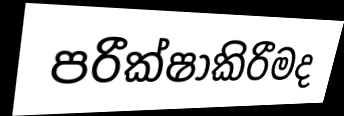
පරීක්ෂාකිරීමද